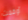
أوقفت